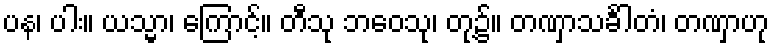
ပန၊ ပါး။ ယသ္မာ၊ ကြောင့်။ တီသု ဘဝေသု၊ တု့၌။ တဏှာသင်္ခါတံ၊ တဏှာဟု